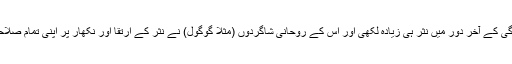
خود پشکن نے زندگی کے آخر دور میں نثر ہی زیادہ لکھی اور اس کے روحانی شاگردوں (مثلاً گوگول) نے نثر کے ارتقا اور نکھار پر اپنی تمام صلاحیت صرف کر دی۔